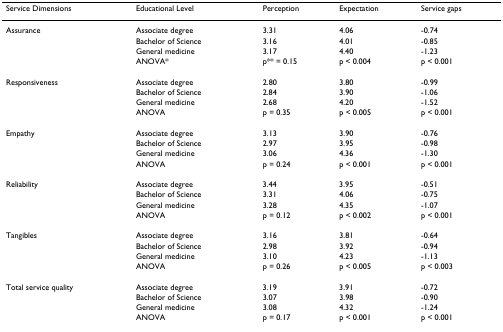
| Service Dimensions | Educational Level | Perception | Expectation | Service gaps |
 | --- | --- | --- | --- | --- |
 | Assurance | Associate degree | 3.31 | 4.06 | -0.74 |
 |  | Bachelor of Science | 3.16 | 4.01 | -0.85 |
 |  | General medicine | 3.17 | 4.40 | -1.23 |
 |  | ANOVA* | p** = 0.15 | p < 0.004 | p < 0.001 |
 | Responsiveness | Associate degree | 2.80 | 3.80 | -0.99 |
 |  | Bachelor of Science | 2.84 | 3.90 | -1.06 |
 |  | General medicine | 2.68 | 4.20 | -1.52 |
 |  | ANOVA | p = 0.35 | p < 0.005 | p < 0.001 |
 | Empathy | Associate degree | 3.13 | 3.90 | -0.76 |
 |  | Bachelor of Science | 2.97 | 3.95 | -0.98 |
 |  | General medicine | 3.06 | 4.36 | -1.30 |
 |  | ANOVA | p = 0.24 | p < 0.001 | p < 0.001 |
 | Reliability | Associate degree | 3.44 | 3.95 | -0.51 |
 |  | Bachelor of Science | 3.31 | 4.06 | -0.75 |
 |  | General medicine | 3.28 | 4.35 | -1.07 |
 |  | ANOVA | p = 0.12 | p < 0.002 | p < 0.001 |
 | Tangibles | Associate degree | 3.16 | 3.81 | -0.64 |
 |  | Bachelor of Science | 2.98 | 3.92 | -0.94 |
 |  | General medicine | 3.10 | 4.23 | -1.13 |
 |  | ANOVA | p = 0.26 | p < 0.005 | p < 0.003 |
 | Total service quality | Associate degree | 3.19 | 3.91 | -0.72 |
 |  | Bachelor of Science | 3.07 | 3.98 | -0.90 |
 |  | General medicine | 3.08 | 4.32 | -1.24 |
 |  | ANOVA | p = 0.17 | p < 0.001 | p < 0.001 |